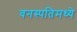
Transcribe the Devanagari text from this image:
वनस्पतिमध्ये